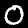
Label: 0